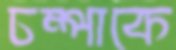
চম্পাকে